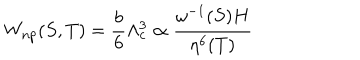
W _ { n p } ( S , T ) = \frac { b } { 6 } \Lambda _ { c } ^ { 3 } \propto \frac { \omega ^ { - 1 } ( S ) H } { \eta ^ { 6 } ( T ) }